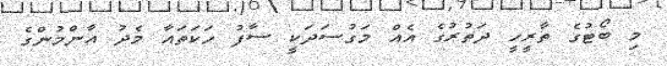
މި ބޯޓުގެ ތާރީހީ ދަތުރުގެ އެއް މަގުސަދަކީ ސާފު ހަކަތައާ މެދު އާންމުންގެ